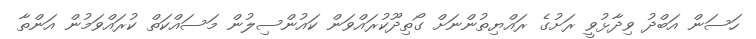
ހަސަން އަބްދު ވިދާޅުވީ ރަށުގެ ރައްޔިތުންނަށް ގޯތިދޫކުރައްވަން ކައުންސިލުން މަސައްކަތް ކުރައްވަމުން އަންތާ